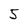
Character: 5